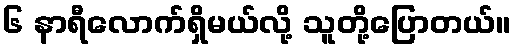
၆ နာရီလောက်ရှိမယ်လို့ သူတို့ပြောတယ်။